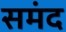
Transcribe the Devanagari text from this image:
समंद